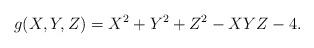
LaTeX: \begin{align*}g(X,Y,Z)=X^2+Y^2+Z^2-XYZ-4.\end{align*}